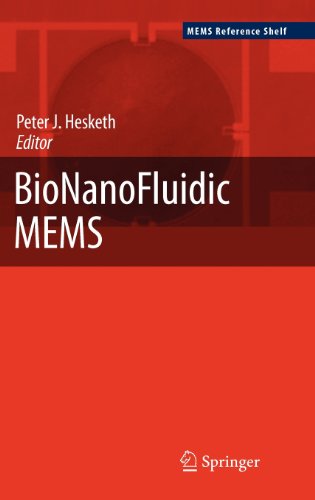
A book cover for BioNanoFluidic MEMS (MEMS Reference Shelf); Science & Math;